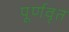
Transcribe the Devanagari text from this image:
पूर्णवृत